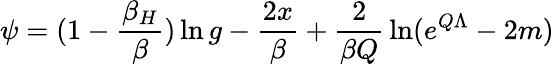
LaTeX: \psi=(1-{\frac{\beta_{H}}{\beta}})\ln g-{\frac{2x}{\beta}}+{\frac{2}{\beta Q}}\ln(e^{Q\Lambda}-2m)